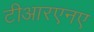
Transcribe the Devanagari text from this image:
टीआरएनए